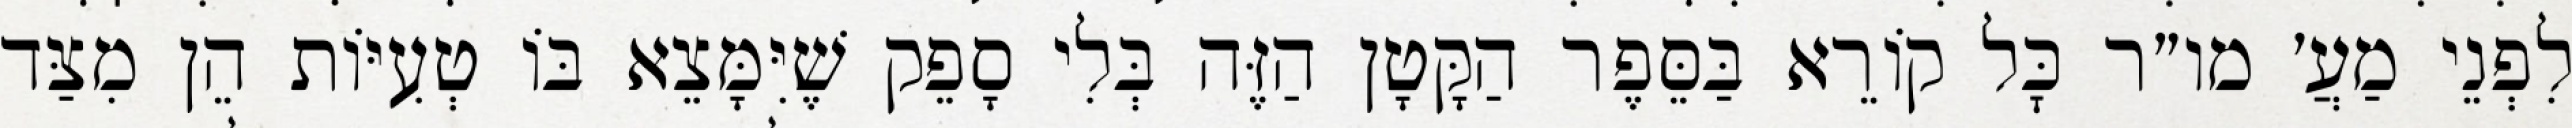
לִפְנֵי מַעֲ׳ מו״ר כׇּל קוֹרֵא בַּסֵּפֶר הַקָּטָן הַזֶּה בְּלִי סָפֵק שֶׁיִּמָּצֵא בּוֹ טְעִיּוֹת הֵן מִצַּד